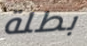
بطلة